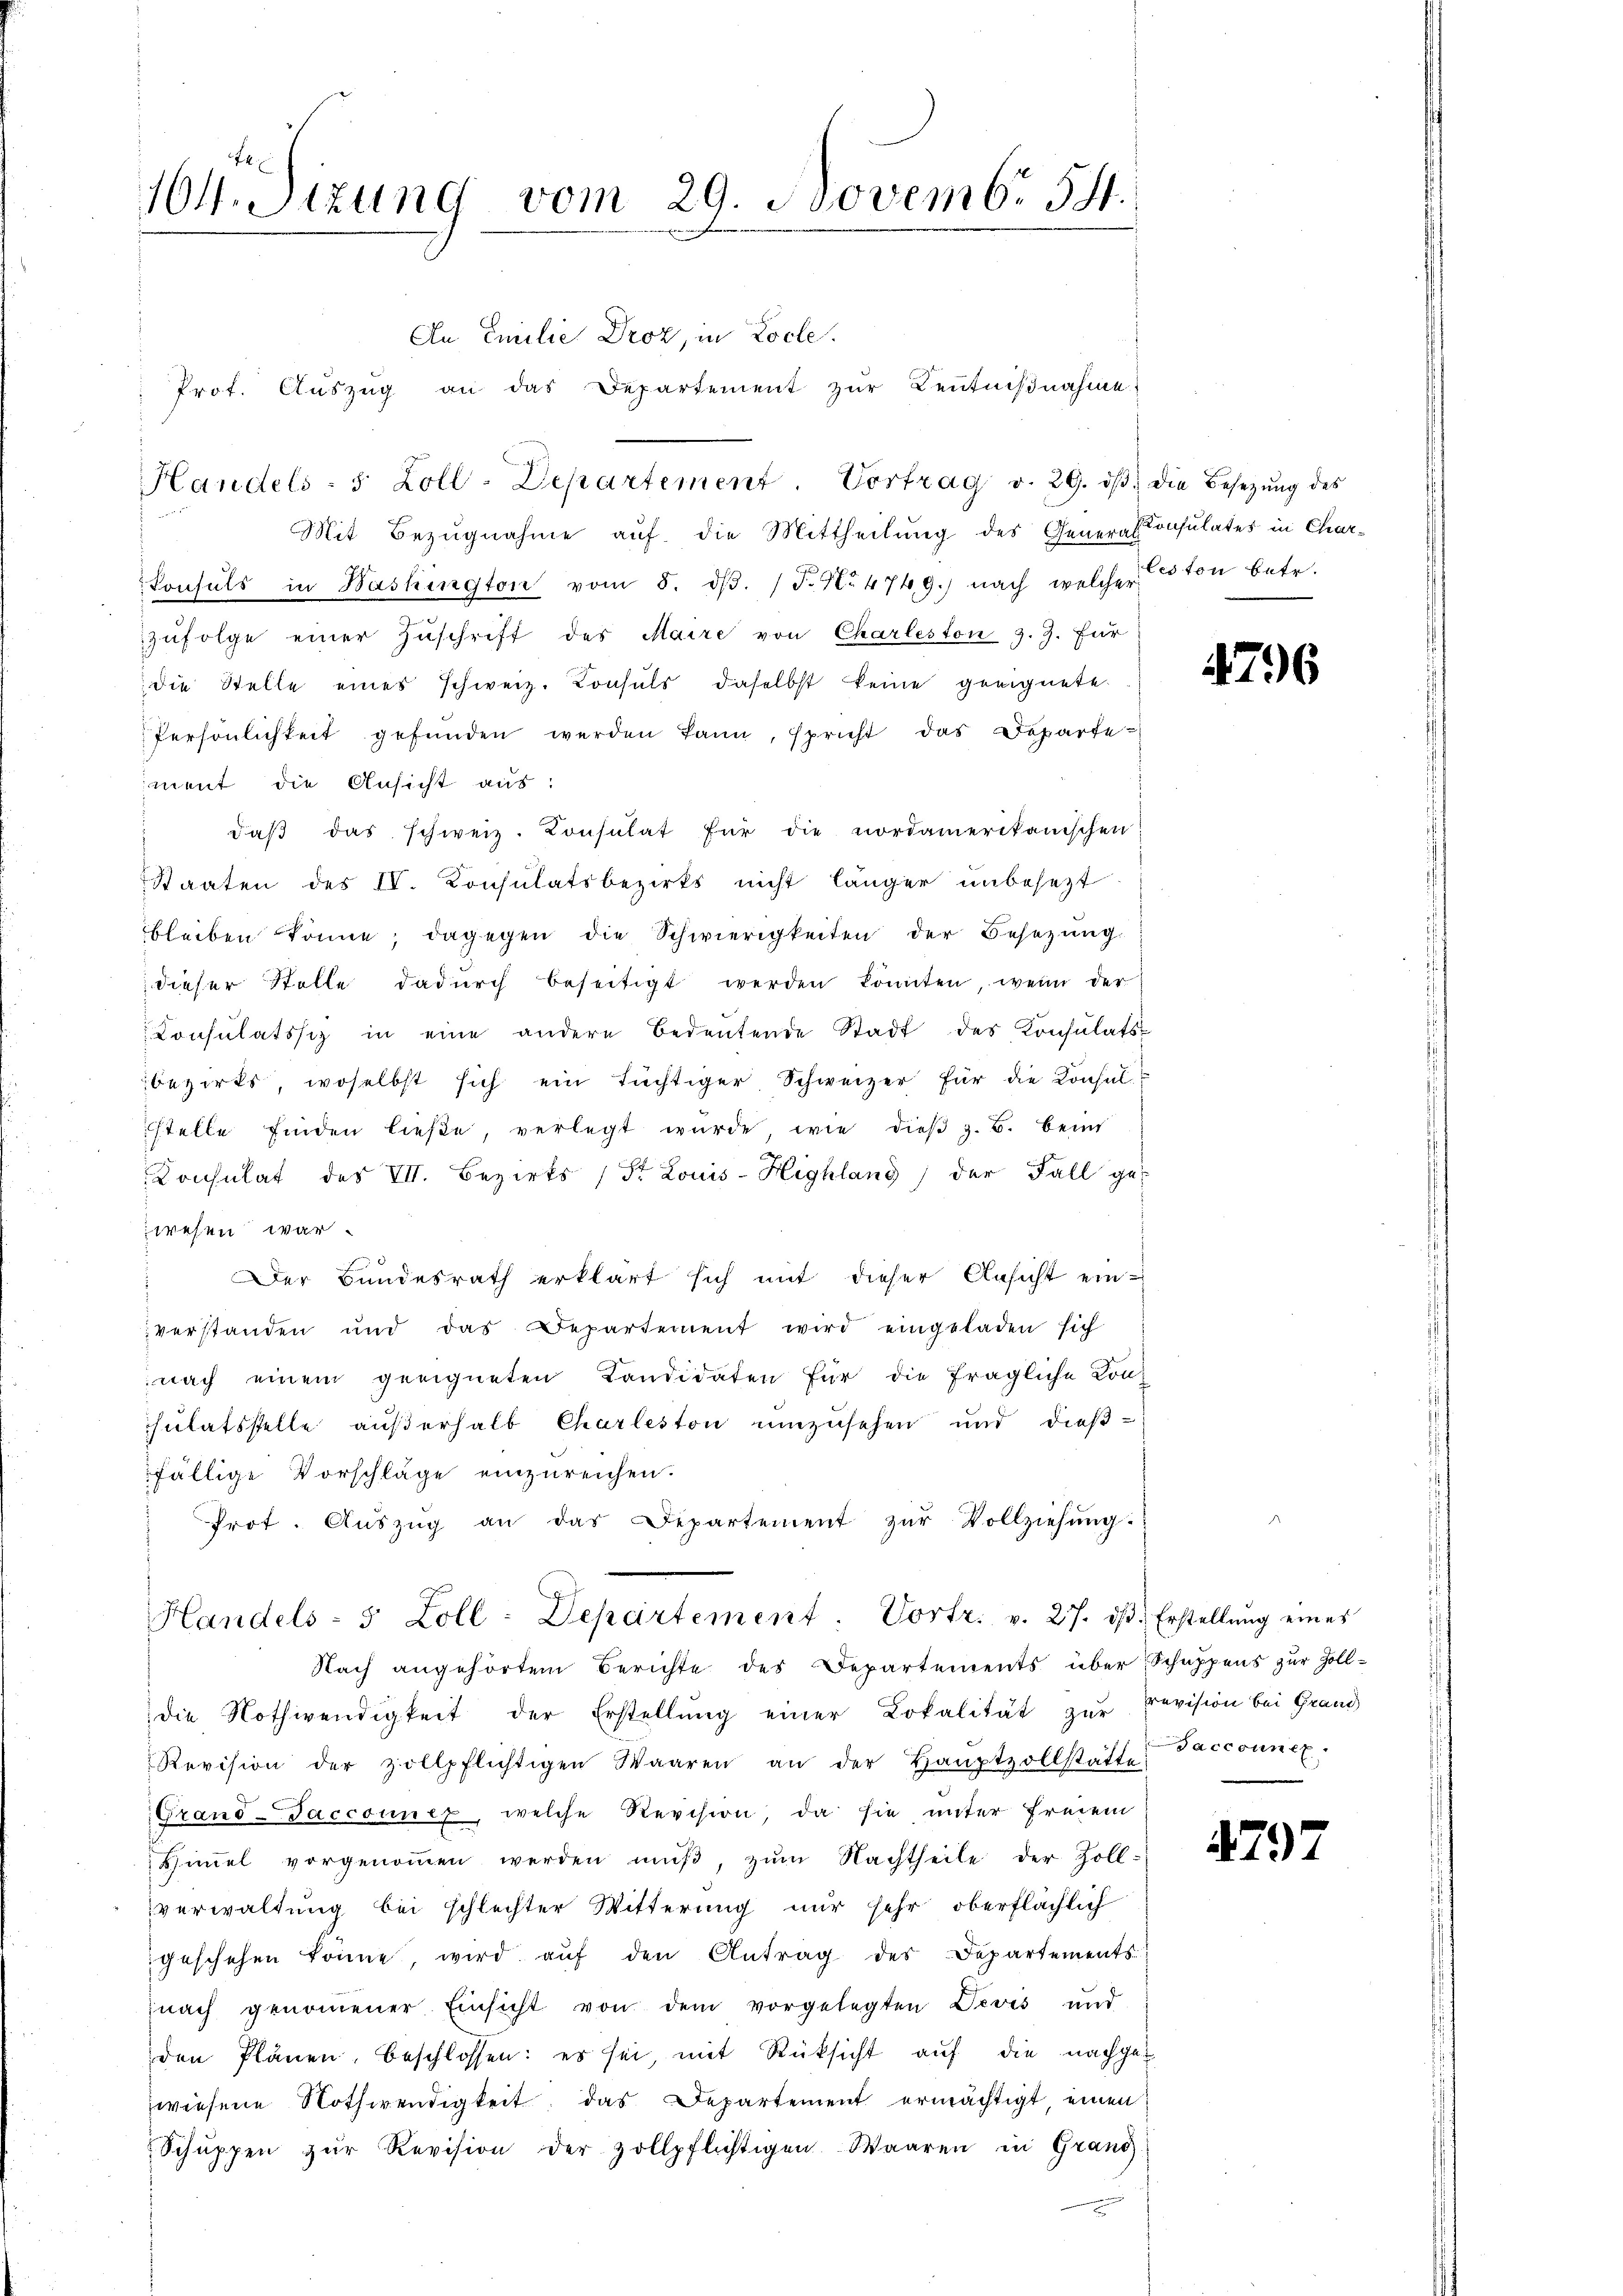
164. Sizung vom 29. Novembr 54.

An Emilie Droz, in Locle.
Prot. Aŭszŭg an das Departement zŭr Keṅtniβnahme.
Mit Bezugnahme auf die Mittheilung des General-Consulates in Char¬
Consuls in Washington vom 5. dβ. /F.N. 4749.) nach welcherton betr.
zŭfolge einer Zŭschrift des Maire von Charleston z. Z. für
die Stelle eines schweiz. Konsuls daselbst keine geeignete
Persönlichkeit gefŭnden werden kann, spricht das Departe-
ment die Ansicht aus:
daβ das schweiz. Konsulat für die nordamerikanischen
Staaten des IV. Konsulatsbezirks nicht länger unbesezt
bleiben könne; dagegen die Schwierigkeiten der Besetzŭng
dieser Stelle dadŭrch beseitigt werden könnten, wenn der
Consulatssiz in eine andere Bedeŭtende Stadt des Konsulats-
bezirks, woselbst sich ein tüchtiger, Schweizer für die Konsul
stelle finden ließe, verlegt wŭrde, wie dieβ z. B. beins
Consulat des VII. Bezirks (St. Louis-Highlang) der Fall ge
wesen war.
Der Bundesrath erklärt sich mit dieser Ansicht ein
verstanden und das epartement wird eingeladen sich
nach einem geeigneten Kandidaten für die fragliche Konsulatsstelle außerhalb Charleston umzusehen und dießfällige Vorschläge einzureichen.
Prot. Aŭszŭg an das Departement zŭr Vollziehŭng.
Handels- 5 Zoll - Departement. Vortr. v. 27. dβ. Erstellŭng eines
Nach angehörtem Berichte des Departements über Schuppens zur Zolldie Nothwendigkeit der Erstellŭng einer Lokalität zŭr Revision bei Grand
Revision der zollpflichtigen Waaren an der Haŭptzollstätte Paccouncx.
Grand-Faccoinex, welche Revision, da sie unter freien
Himel vorgenoṁen werden mŭβ, zum Nachtheile der Zoll-
verwaltung bei schlechter Witterung nur sehr oberflächlich
geschehen könne, wird aŭf den Antrag des Departements
nach genoṁener Einsicht von dem vorgelegten Devis und
den Plänen, beschlossen: es sei, mit Rüksicht auf die nachgewiesene Nothwendigkeit, das Departement ermächtigt einen
Schŭppen zŭr Revision der zollpflichtigen Waaren in Grand

Handels- 5 Zoll-Departement. Vortrag v. 29. dβ. die Besetzŭng des

4796

4797